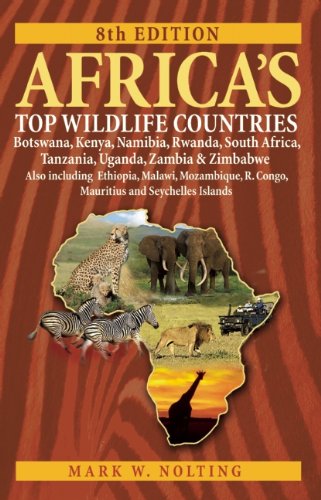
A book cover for Africa's Top Wildlife Countries: Botswana, Kenya, Namibia, Rwanda, South Africa, Tanzania, Uganda, Zambia and Zimbabwe. Also including Ethiopia, ... R. Congo, Mauritius, and Seychelles Islands; Mark W. Nolting; Sports & Outdoors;